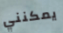
يمكنني